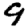
Digit: 9